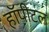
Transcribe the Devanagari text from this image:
हॉपीटल